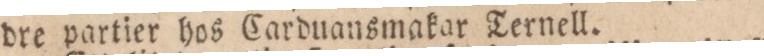
dre partier hos Carduansmakar Ternell.